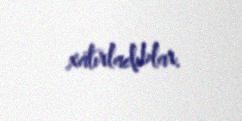
xatırladıblar.